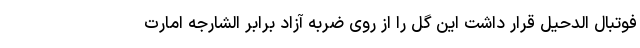
فوتبال الدحیل قرار داشت این گل را از روی ضربه آزاد برابر الشارجه امارت